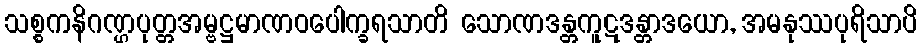
သစ္စကနိဂဏ္ဌပုတ္တအမ္ဗဋ္ဌမာဏဝပေါက္ခရသာတိ သောဏဒန္တကူဋဒန္တာဒယော, အမနုဿပုရိသာပိ